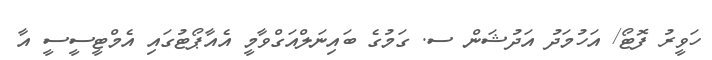
ހަވީރު ފޮޓޯ/ އަހުމަދު އަދުޝަން ސ. ގަމުގެ ބައިނަލްއަގްވާމީ އެއާޕޯޓުގައި އެމްޓީސީސީ އާ